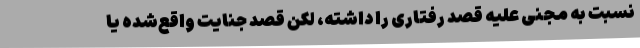
نسبت به مجنیٌ علیه قصد رفتاری را داشته، لکن قصد جنایت واقع‌شده یا